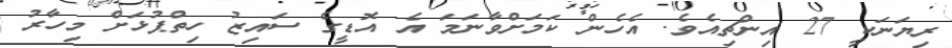
ރިޔަނަކީ 27 އިންޗިއެވެ. އެހެން ކަމަށްވާނަމަ އެ އޮޑީގެ ސައިޒު ހިތްޕުޅަށް މިހާރު